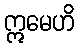
ဣမေဟိ